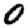
Digit: 0